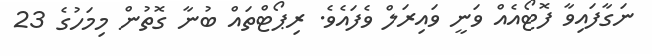
ނަގާފައިވާ ފޮޓޯއެއް ވަނީ ވައިރަލް ވެފައެވެ. ރިޕޯޓްތައް ބުނާ ގޮތުން މިމަހުގެ 23